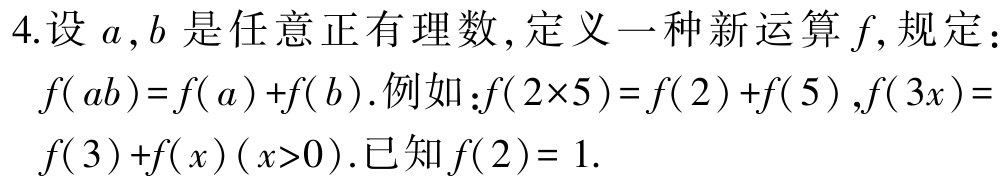
4.设\(a,b\)是任意正有理数,定义一种新运算\(f\),规定：\(f( ab)=f( a)+f( b)\).例如：\(f(2\times5)=f(2)+f(5)\),\(f(3x)=f(3)+f(x)(x > 0)\).已知\(f(2)=1\).